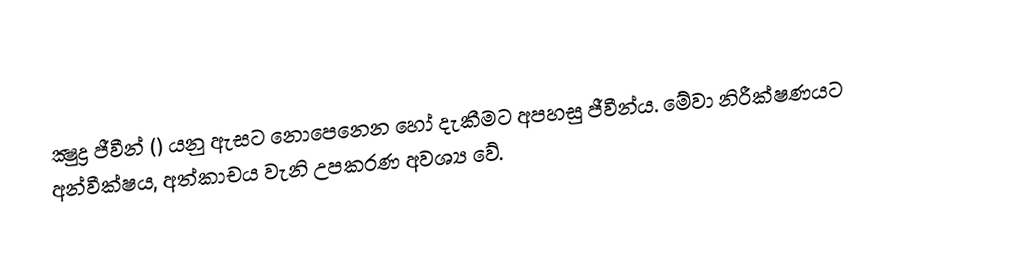
ක්‍ෂුද්‍ර ජීවීන් () යනු ඇසට නොපෙනෙන හෝ දැකීමට අපහසු ජීවීන්ය. මේවා නිරීක්ෂණයට අන්වීක්ෂය, අත්කාචය වැනි උපකරණ අවශ්‍ය වේ.